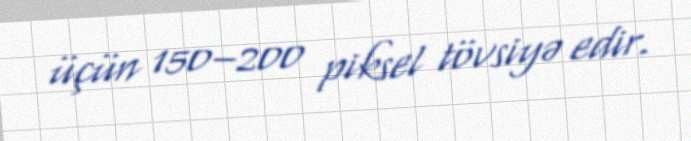
üçün 150–200 piksel tövsiyə edir.